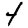
Digit: 4